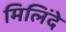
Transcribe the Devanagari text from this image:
मिलिंदे